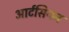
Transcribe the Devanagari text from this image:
आर्टसियन